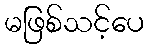
မဖြစ်သင့်ပေ